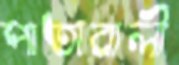
পাতাবালী